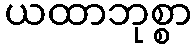
ယထာဘုစ္စာ